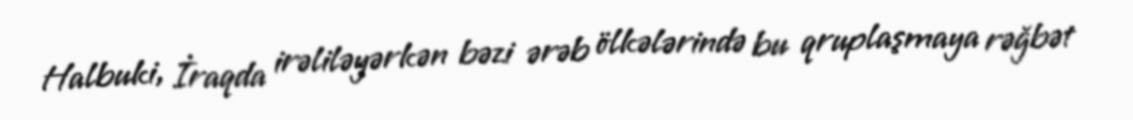
Halbuki, İraqda irəliləyərkən bəzi ərəb ölkələrində bu qruplaşmaya rəğbət